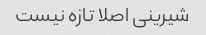
شیرینی اصلا تازه نیست